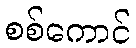
စစ်ကောင်